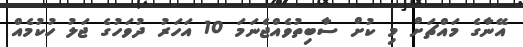
އޭނާގެ މައްޗަށް މި ކުށް ސާބިތުވެއްޖެނަމަ 10 އަހަރު ދުވަހުގެ ޖަލު ހުކުމެއް